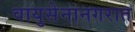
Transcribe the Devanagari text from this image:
वायुसेनानगरात